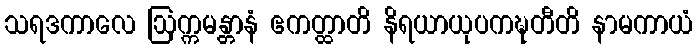
သရဒကာလေ ဩက္ကမန္တာနံ ဧကတ္ထာတိ နိရယာယုပကဍ္ဎတီတိ နာမကာယံ